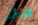
من